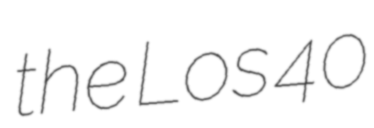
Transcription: the Los 40